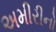
અમીરીનો